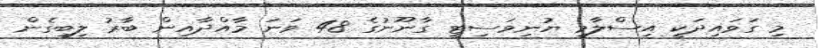
މި ގަވައިދަކީ އިސްލާމީ ޔުނިވަސިޓީ ގާނޫނުގެ 48 ވަނަ މާއްދާއިން ބާރު ލިބިގެން